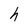
Character: h